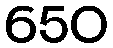
650